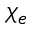
\chi _ { e }